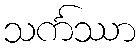
သင်္ကဿာ